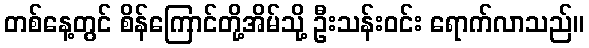
တစ်နေ့တွင် စိန်ကြောင်တို့အိမ်သို့ ဦးသန်းဝင်း ရောက်လာသည်။